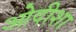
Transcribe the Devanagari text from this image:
ओदीशा